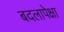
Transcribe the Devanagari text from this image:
बदलापेक्षा